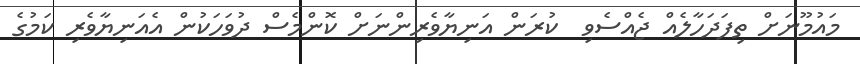
މައުމޫނަށް ތިފަދަހާލެއް ޖެއްސެވި  ކުރަން އަނިޔާވެރިންނަށް ކޮންމެސް ދުވަހަކުން އެއަނިޔާވެރި ކަމުގެ